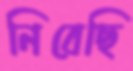
নিবেছি